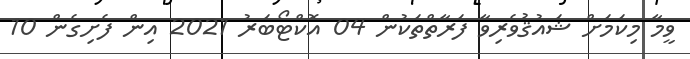
ވީމާ މިކަމަށް ޝައުޤުވެރިވާ ފަރާތްތަކުން 04 އޮކްޓޯބަރު 2021 އިން ފެށިގެން 10